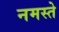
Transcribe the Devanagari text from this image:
नमस्‍ते